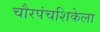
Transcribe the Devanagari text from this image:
चौरपंचशिकेला